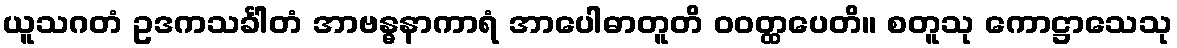
ယူသဂတံ ဥဒကသင်္ခါတံ အာဗန္ဓနာကာရံ အာပေါဓာတူတိ ဝဝတ္ထပေတိ။ စတူသု ကောဋ္ဌာသေသု